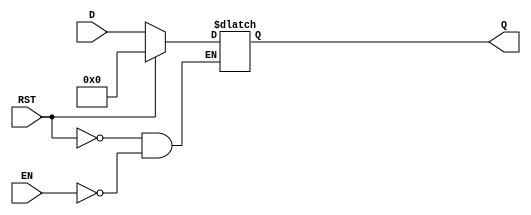
module LatchRegister #(parameter N = 8) (
    input wire [N-1:0] D,    // Data input
    input wire EN,           // Enable signal
    input wire RST,          // Asynchronous reset
    output reg [N-1:0] Q     // Data output
);

    // Internal latch behaviour based on enable (EN) and reset (RST)
    always @(RST or EN or D) begin
        if (RST) begin
            Q <= {N{1'b0}};    // Reset all bits to 0
        end else if (EN) begin
            Q <= D;            // Latch the input data when EN is high
        end
        // If EN is low, Q retains its previous value
    end

endmodule